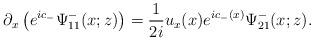
LaTeX: \begin{align*}\partial_x\left(e^{ic_-} \Psi^-_{11}(x ;z)\right)=\frac{1}{2i} u_x(x)e^{ic_-(x)} \Psi^-_{21}(x ;z).\end{align*}